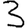
Digit: 3